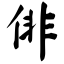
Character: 俳